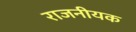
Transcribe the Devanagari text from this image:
राजनीयक